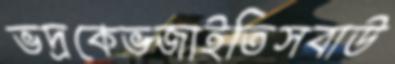
ভদ্রকেভজাইতিসবাউ